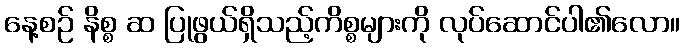
နေ့စဉ် နိစ္စ ဆ ပြုဖွယ်ရှိသည့်ကိစ္စများကို လုပ်ဆောင်ပါ၏လော။